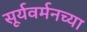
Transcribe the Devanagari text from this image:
सूर्यवर्मनच्या